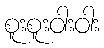
စူးစူးဝါးဝါး